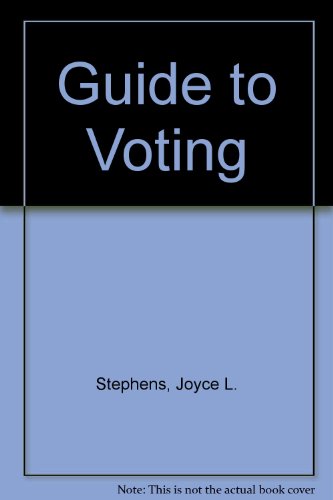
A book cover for Guide to Voting; Joyce L. Stephens; Reference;